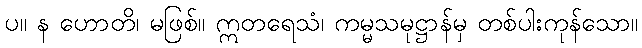
ပ။ န ဟောတိ၊ မဖြစ်။ ဣတရေသံ၊ ကမ္မသမုဋ္ဌာန်မှ တစ်ပါးကုန်သော။